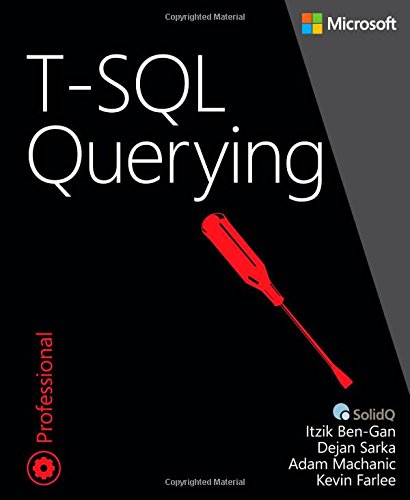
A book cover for T-SQL Querying (Developer Reference); Itzik Ben-Gan; Computers & Technology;